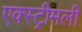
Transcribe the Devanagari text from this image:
एक्स्ट्रीमली